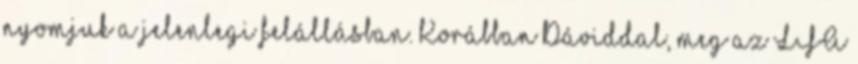
nyomjuk a jelenlegi felállásban. Korábban Dáviddal, meg az LFA